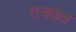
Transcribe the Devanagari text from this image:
राजछत्र